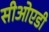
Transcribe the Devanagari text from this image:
सीओएडी